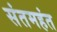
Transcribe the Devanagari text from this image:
संतमहंत